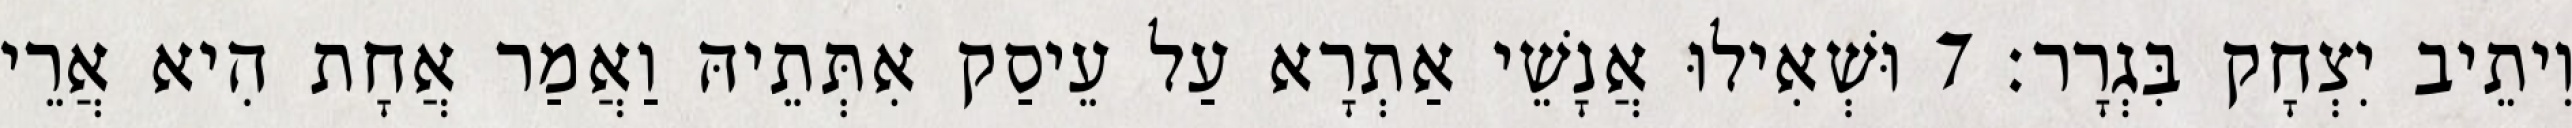
וִיתֵיב יִצְחָק בִּגְרָר׃ 7 וּשְׁאִילוּ אֲנָשֵׁי אַתְרָא עַל עֵיסַק אִתְּתֵיהּ וַאֲמַר אֲחָת הִיא אֲרֵי